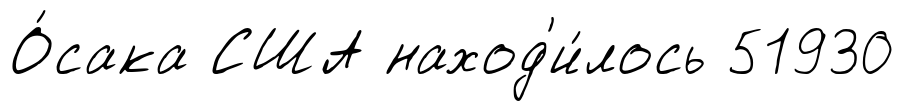
О́сака США наход'и́лось 51930